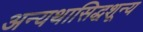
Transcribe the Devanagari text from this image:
अन्यथासिद्धशून्य